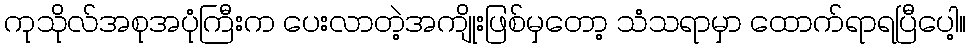
ကုသိုလ်အစုအပုံကြီးက ပေးလာတဲ့အကျိုးဖြစ်မှတော့ သံသရာမှာ ထောက်ရာရပြီပေါ့။